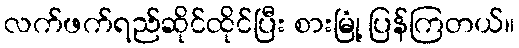
လက်ဖက်ရည်ဆိုင်ထိုင်ပြီး စားမြုံ့ ပြန်ကြတယ်။